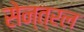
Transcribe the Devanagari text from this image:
सेन्त्रल